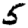
Digit: 5